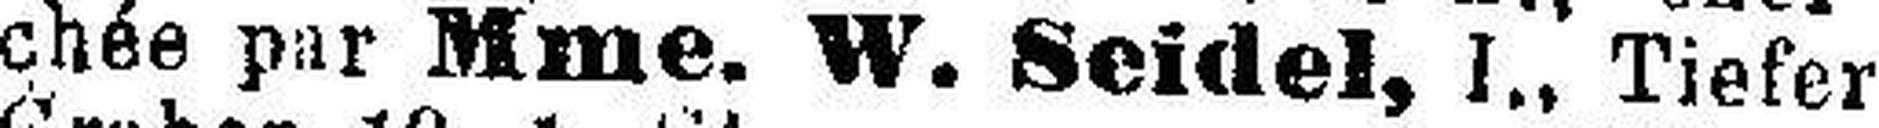
chée par Mme. W. Seidel, I., Tiefer